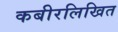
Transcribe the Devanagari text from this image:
कबीरलिखित